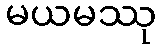
မယမဿု